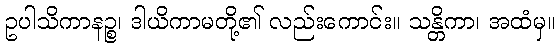
ဥပါသိကာနဉ္စ၊ ဒါယိကာမတို့၏ လည်းကောင်း။ သန္တိကာ၊ အထံမှ။